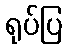
ရုပ်ပြ